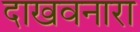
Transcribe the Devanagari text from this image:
दाखवनारा